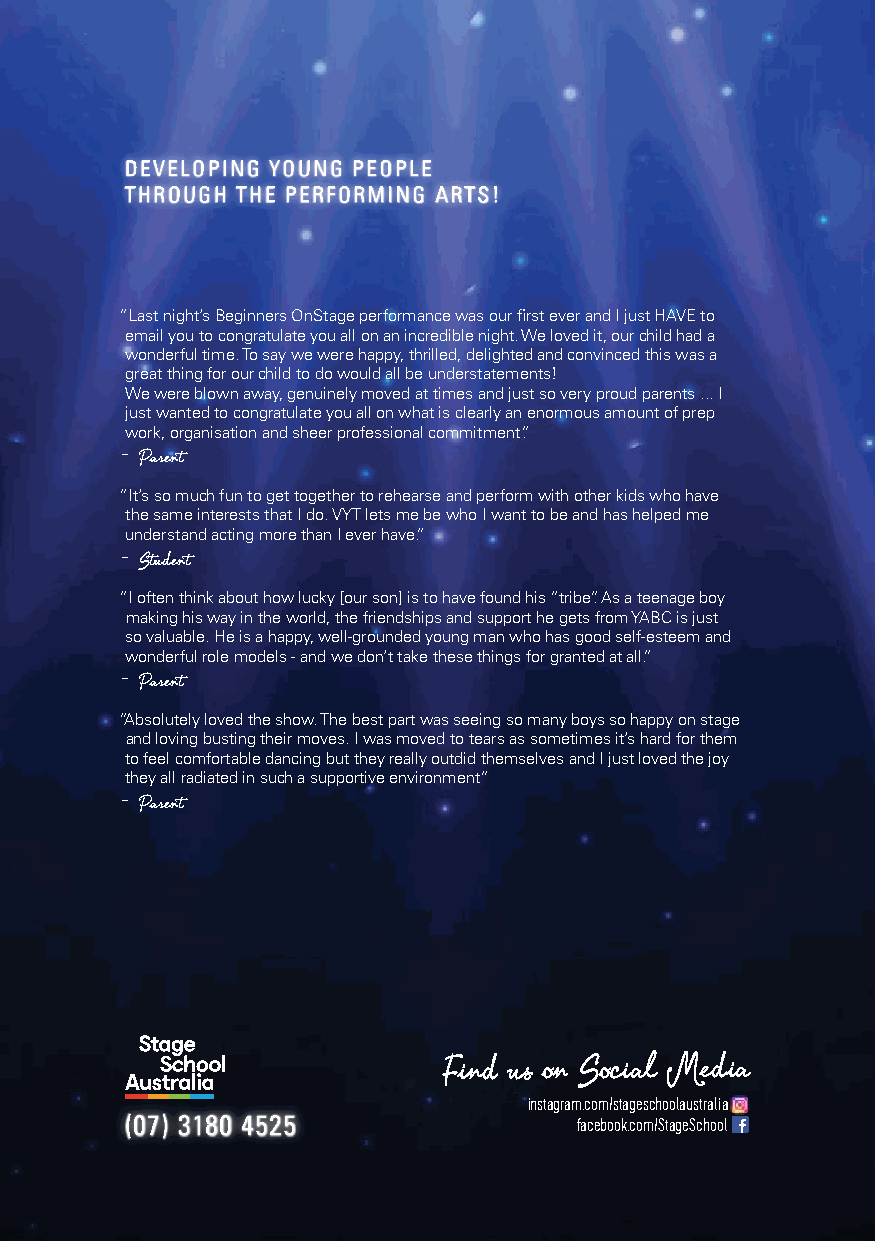
DEVELOPING YOUNG PEOPLE
 THROUGH THE PERFORMING ARTS!
 “Last night’s Beginners OnStage performance was our first ever and I just HAVE to
 email you to congratulate you all on an incredible night. We loved it, our child had a
 wonderful time. To say we were happy, thrilled, delighted and convinced this was a
 great thing for our child to do would all be understatements!
 We were blown away, genuinely moved at times and just so very proud parents ... I
 just wanted to congratulate you all on what is clearly an enormous amount of prep
 work, organisation and sheer professional commitment.”
 - Parent
 “It’s so much fun to get together to rehearse and perform with other kids who have
 the same interests that I do. VYT lets me be who I want to be and has helped me
 understand acting more than I ever have.”
 - Student
 “I often think about how lucky [our son] is to have found his “tribe”. As a teenage boy
 making his way in the world, the friendships and support he gets from YABC is just
 so valuable. He is a happy, well-grounded young man who has good self-esteem and
 wonderful role models - and we don’t take these things for granted at all.”
 - Parent
 “Absolutely loved the show. The best part was seeing so many boys so happy on stage
 and loving busting their moves. I was moved to tears as sometimes it’s hard for them
 to feel comfortable dancing but they really outdid themselves and I just loved the joy
 they all radiated in such a supportive environment”
 - Parent
 Find us on Social Media
 instagram.com/stageschoolaustralia
 (07) 3180 4525                facebook.com/StageSchool